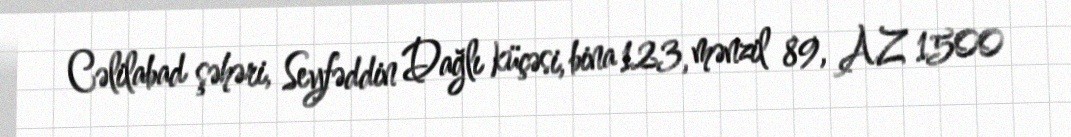
Cəlilabad şəhəri, Seyfəddin Dağlı küçəsi, bina 123, mənzil 89, AZ 1500